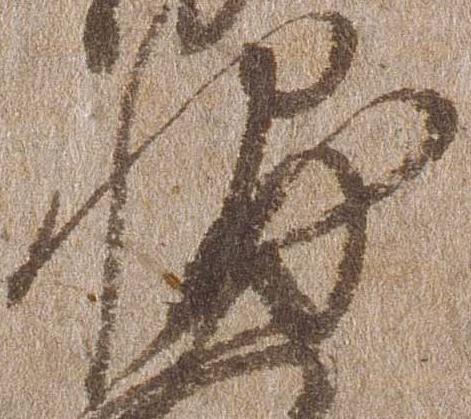
輔